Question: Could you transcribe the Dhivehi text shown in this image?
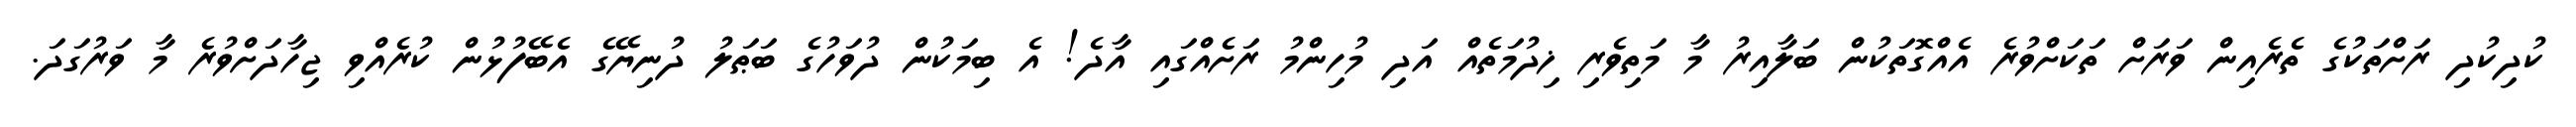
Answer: ކުދިކުދި ރަށްތަކުގެ ތެރެއިން ވަރަށް ތަކަށްވުރެ އެއްގޮތަކުން ބަލާއިރު މާ މަތިވެރި ޚިދުމަތެއް އަދި މުހިންމު ރަށެއްގައި އާދެ! އެ ބިމަކުން ދުވަހުގެ ބަޠަލު ދުނިޔޭގެ އެބޭފުޅުން ކުރެއްވި ޖިހާދަށްވުރެ މާ ވަރުގަދަ.